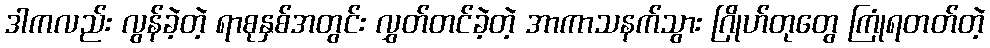
ဒါကလည်း လွန်ခဲ့တဲ့ ရာစုနှစ်အတွင်း လွှတ်တင်ခဲ့တဲ့ အာကာသနက်သွား ဂြိုဟ်တုတွေ ကြုံရတတ်တဲ့